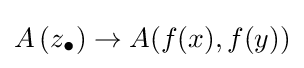
A\left(z_{\bullet }\right)\to A(f(x),f(y))